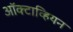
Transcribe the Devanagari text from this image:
ऑक्टाव्हियन